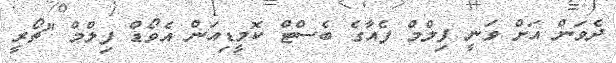
ދެވަން އަށް ވަނީ ފިލްމް ފެއާގެ ބެސްޓް ކޮމީޑިއަން އެވޯޑް ފިލްމް "ޗޯރީ